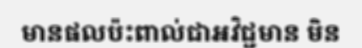
មានផលប៉ះពាល់ជាអវិជ្ជមាន មិន